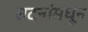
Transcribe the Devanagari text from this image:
सदनांमधून